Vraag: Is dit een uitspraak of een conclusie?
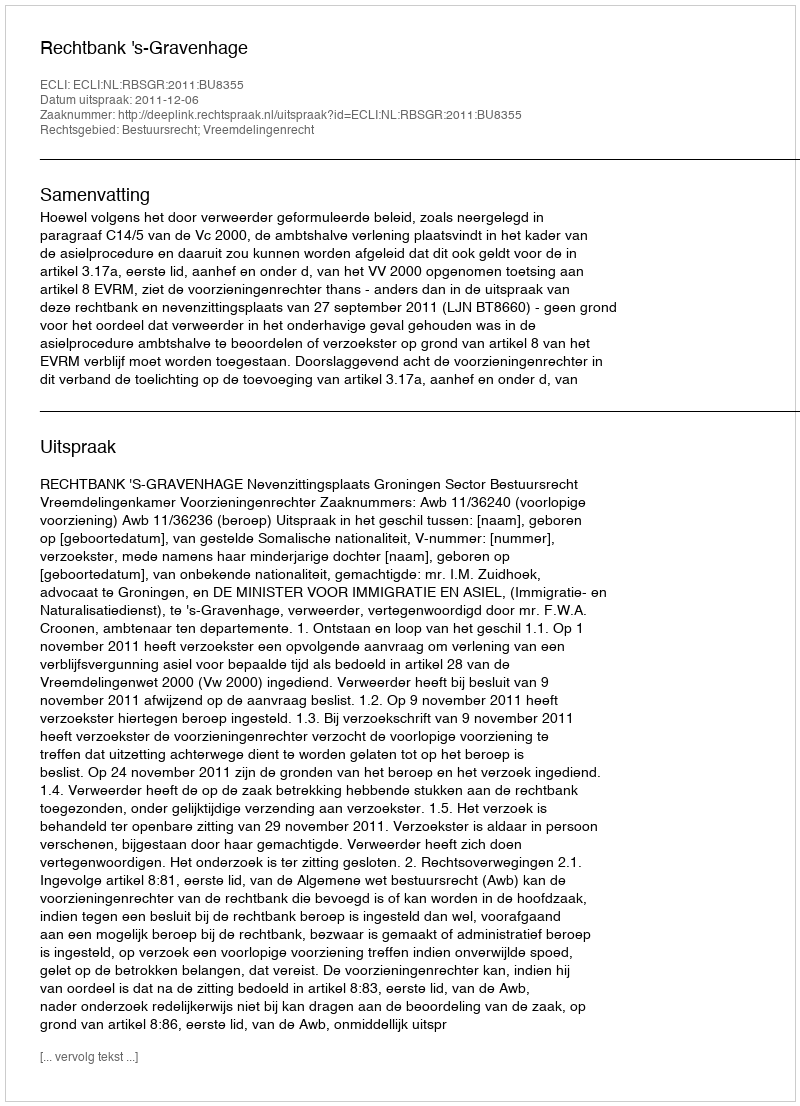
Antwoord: Uitspraak